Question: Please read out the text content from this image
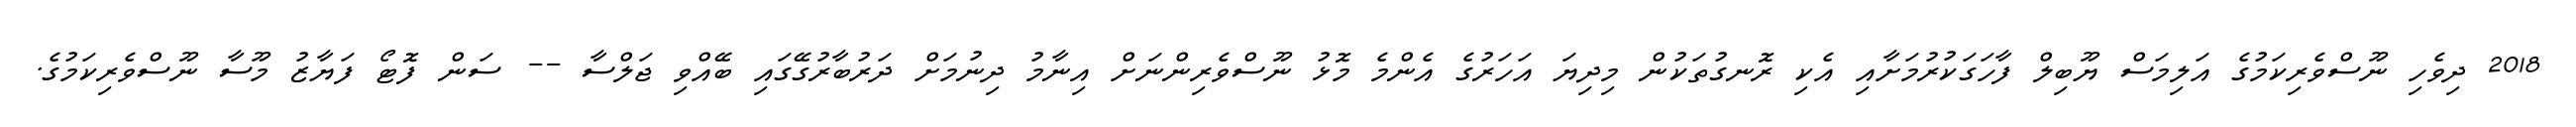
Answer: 2018 ދިވެހި ނޫސްވެރިކަމުގެ އަލިމަސް ޔޫބިލް ފާހަގަކުރުމަށާއި އެކި ރޮނގުތަކުން މިދިޔަ އަހަރުގެ އެންމެ މޮޅު ނޫސްވެރިންނަށް އިނާމު ދިނުމަށް ދަރުބާރުގޭގައި ބޭއްވި ޖަލްސާ -- ސަން ފޮޓޯ ފަޔާޒު މޫސާ ނޫސްވެރިކަމުގެ.